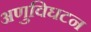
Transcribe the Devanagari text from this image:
अणुविघटन